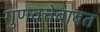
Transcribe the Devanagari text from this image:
गुणवत्तेबाबत